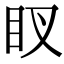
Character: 䀑